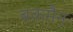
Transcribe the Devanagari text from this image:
बकमैन